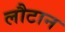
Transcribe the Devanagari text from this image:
लौटान